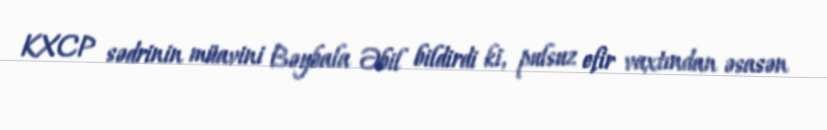
KXCP sədrinin müavini Bəybala Əbil bildirdi ki, pulsuz efir vaxtından əsasən